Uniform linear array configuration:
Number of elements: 12
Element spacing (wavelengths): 0.25
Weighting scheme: hamming
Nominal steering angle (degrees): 15
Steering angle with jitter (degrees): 16.878
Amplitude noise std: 0.05
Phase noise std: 0.05

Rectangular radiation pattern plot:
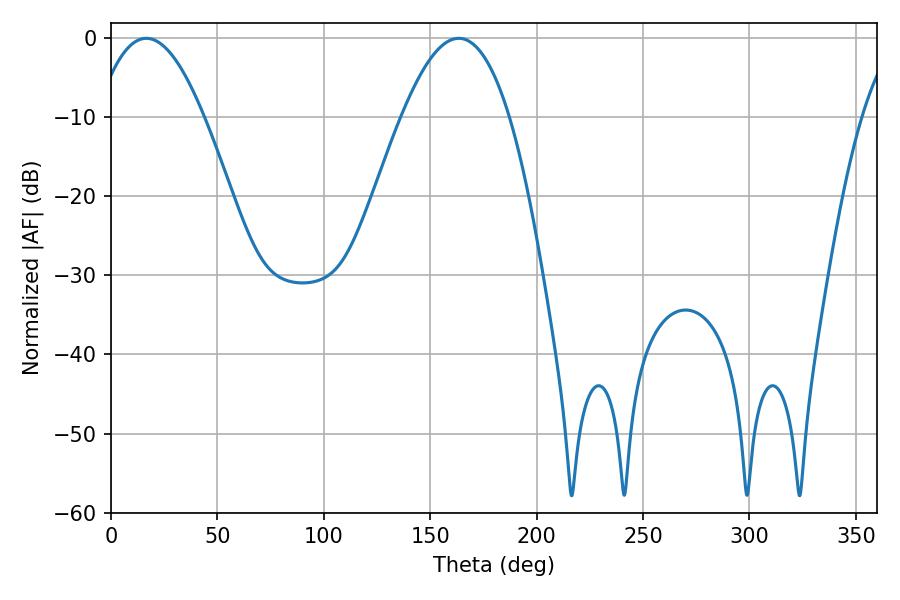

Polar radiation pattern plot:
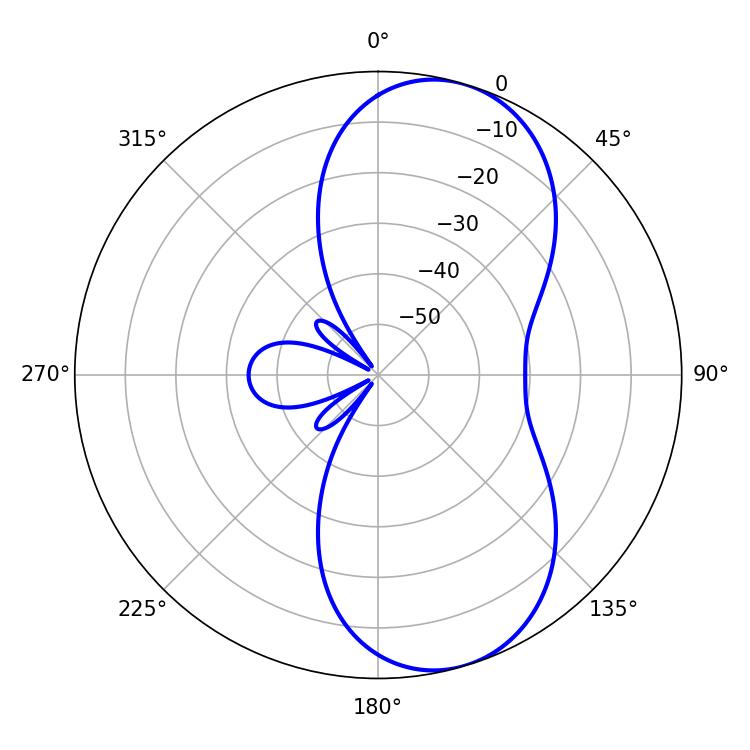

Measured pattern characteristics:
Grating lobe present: FALSE
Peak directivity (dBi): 8.077
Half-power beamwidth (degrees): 27.72
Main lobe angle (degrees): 16.56